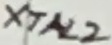
Text: XTAL2